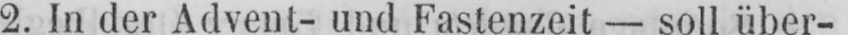
2. In der Advent- und Fastenzeit - soll über-